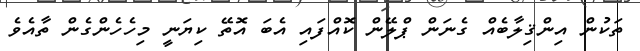
ތަކުން އިންޤިލާބެއް ގެނަން ޕްލޭން ކޮއްފައި އެބަ އޮތޭ ކިޔަނީ މިހެހެންގެން ތާއެވެ